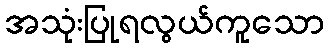
အသုံးပြုရလွယ်ကူသော